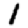
Digit: 1